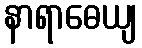
နာရာဓေယျ